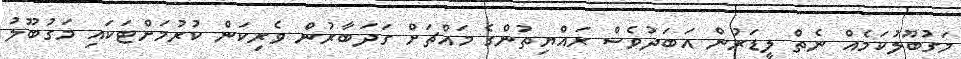
މަގުބޫލުކަމެއް ނެތް ލީޑަރުން އަބަދުވެސް ރައްޔިތުންގެ މައްޗަށް ގަދަބާރުން ވެރިކަން ކުރުމަށްޓަކައި މަގުބޫލު